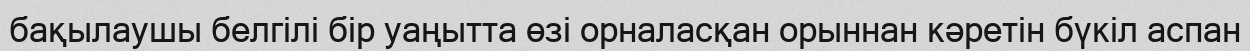
бақылаушы белгілі бір уаңытта өзі орналасқан орыннан кәретін бүкіл аспан